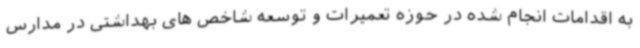
به اقدامات انجام شده در حوزه تعمیرات و توسعه شاخص های بهداشتی در مدارس